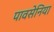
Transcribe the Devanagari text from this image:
पावसेनिया